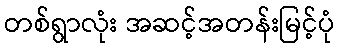
တစ်ရွာလုံး အဆင့်အတန်းမြင့်ပုံ